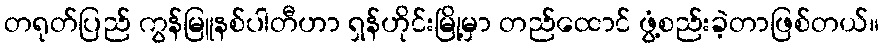
တရုတ်ပြည် ကွန်မြူနစ်ပါတီဟာ ရှန်ဟိုင်းမြို့မှာ တည်ထောင် ဖွံ့စည်းခဲ့တာဖြစ်တယ်။